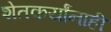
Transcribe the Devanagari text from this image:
शेतकर्यांनाही